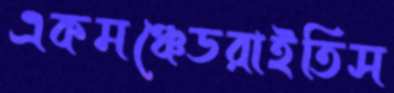
একমঞ্চেডরাইতিস